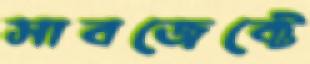
সাবজেক্টে